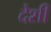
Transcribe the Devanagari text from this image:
देशीं